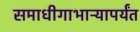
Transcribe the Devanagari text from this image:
समाधीगाभाऱ्यापर्यंत